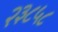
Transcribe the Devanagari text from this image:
२३८५८